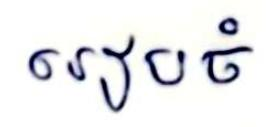
រៀបចំ